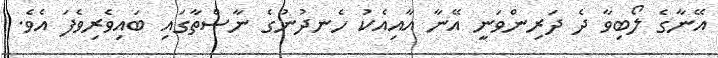
އޭނާގެ ލޯބިވާ ދެ ދަރިންވަނީ އޭނާ އާއިއެކު ހެނދުނުގެ ނާސްތާގައި ބައިވެރިވެފަ އެވެ.